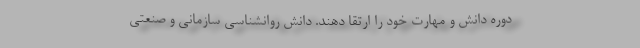
دوره دانش و مهارت خود را ارتقا دهند. دانش روانشناسی سازمانی و صنعتی